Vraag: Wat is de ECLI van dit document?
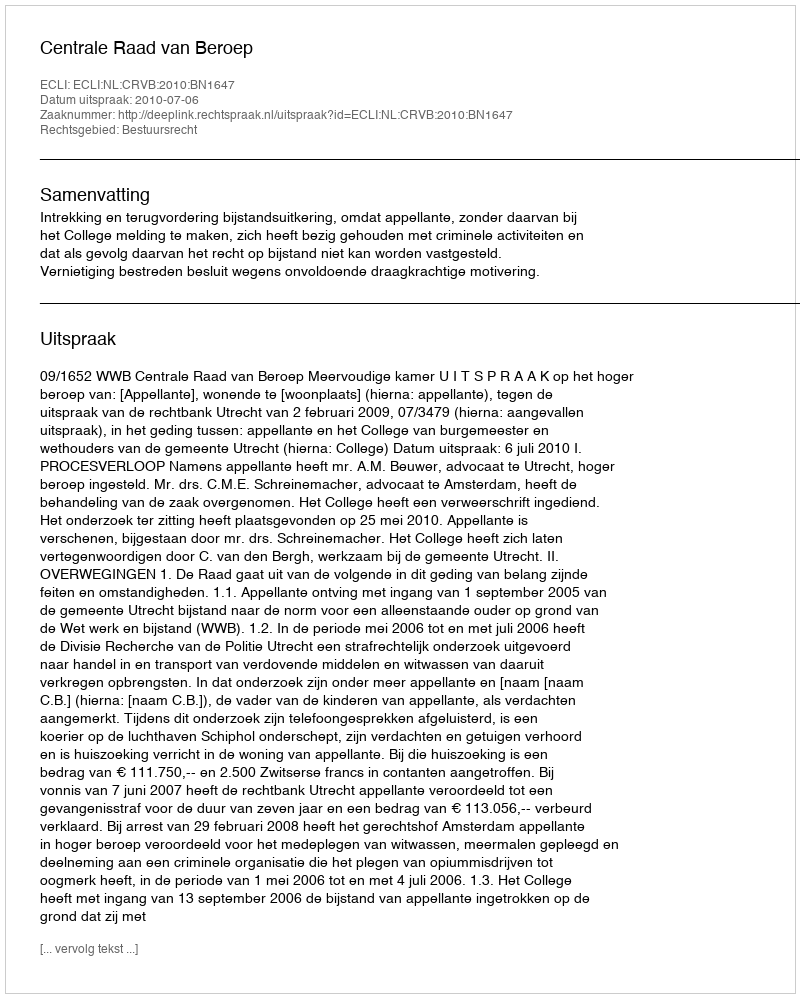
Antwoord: ECLI:NL:CRVB:2010:BN1647